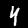
Digit: 4